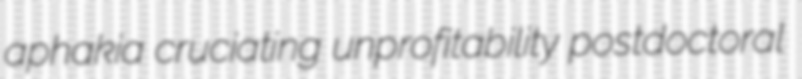
aphakia cruciating unprofitability postdoctoral